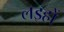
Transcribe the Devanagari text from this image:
लइहों